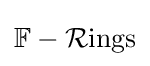
\mathbb {F} -{\mathcal {R}}{\text{ings}}